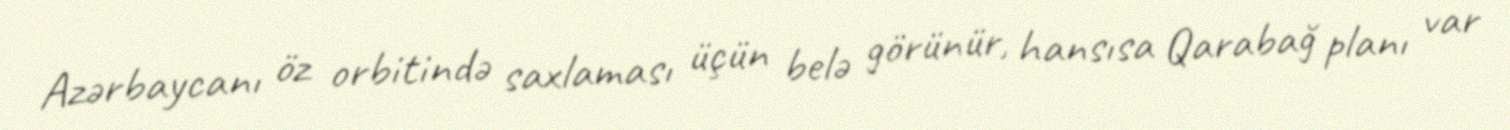
Azərbaycanı öz orbitində saxlaması üçün belə görünür, hansısa Qarabağ planı var